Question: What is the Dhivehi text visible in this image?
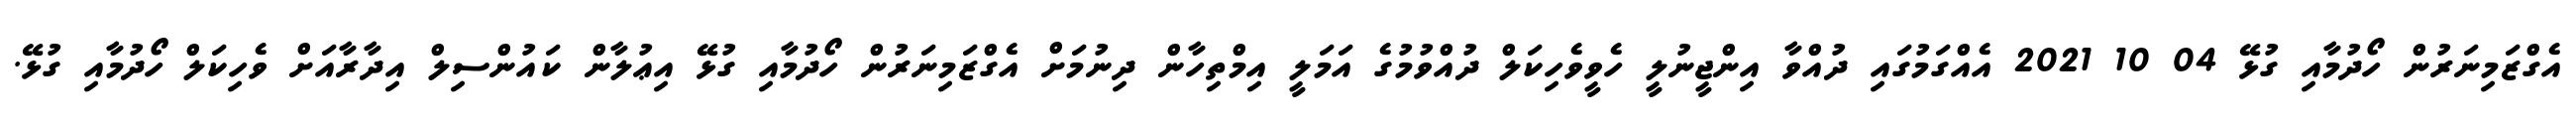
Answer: އެގްޒަމިނަރުން ހޯދުމާއި ގުޅޭ 04 10 2021 އެއްގަމުގައި ދުއްވާ އިންޖީނުލީ ހެވީވެހިކަލް ދުއްވުމުގެ އަމަލީ އިމްތިހާން ދިނުމަށް އެގްޒަމިނަރުން ހޯދުމާއި ގުޅޭ އިޢުލާން ކައުންސިލް އިދާރާއަށް ވެހިކަލް ހޯދުމާއި ގުޅޭ.